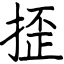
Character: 𢱉